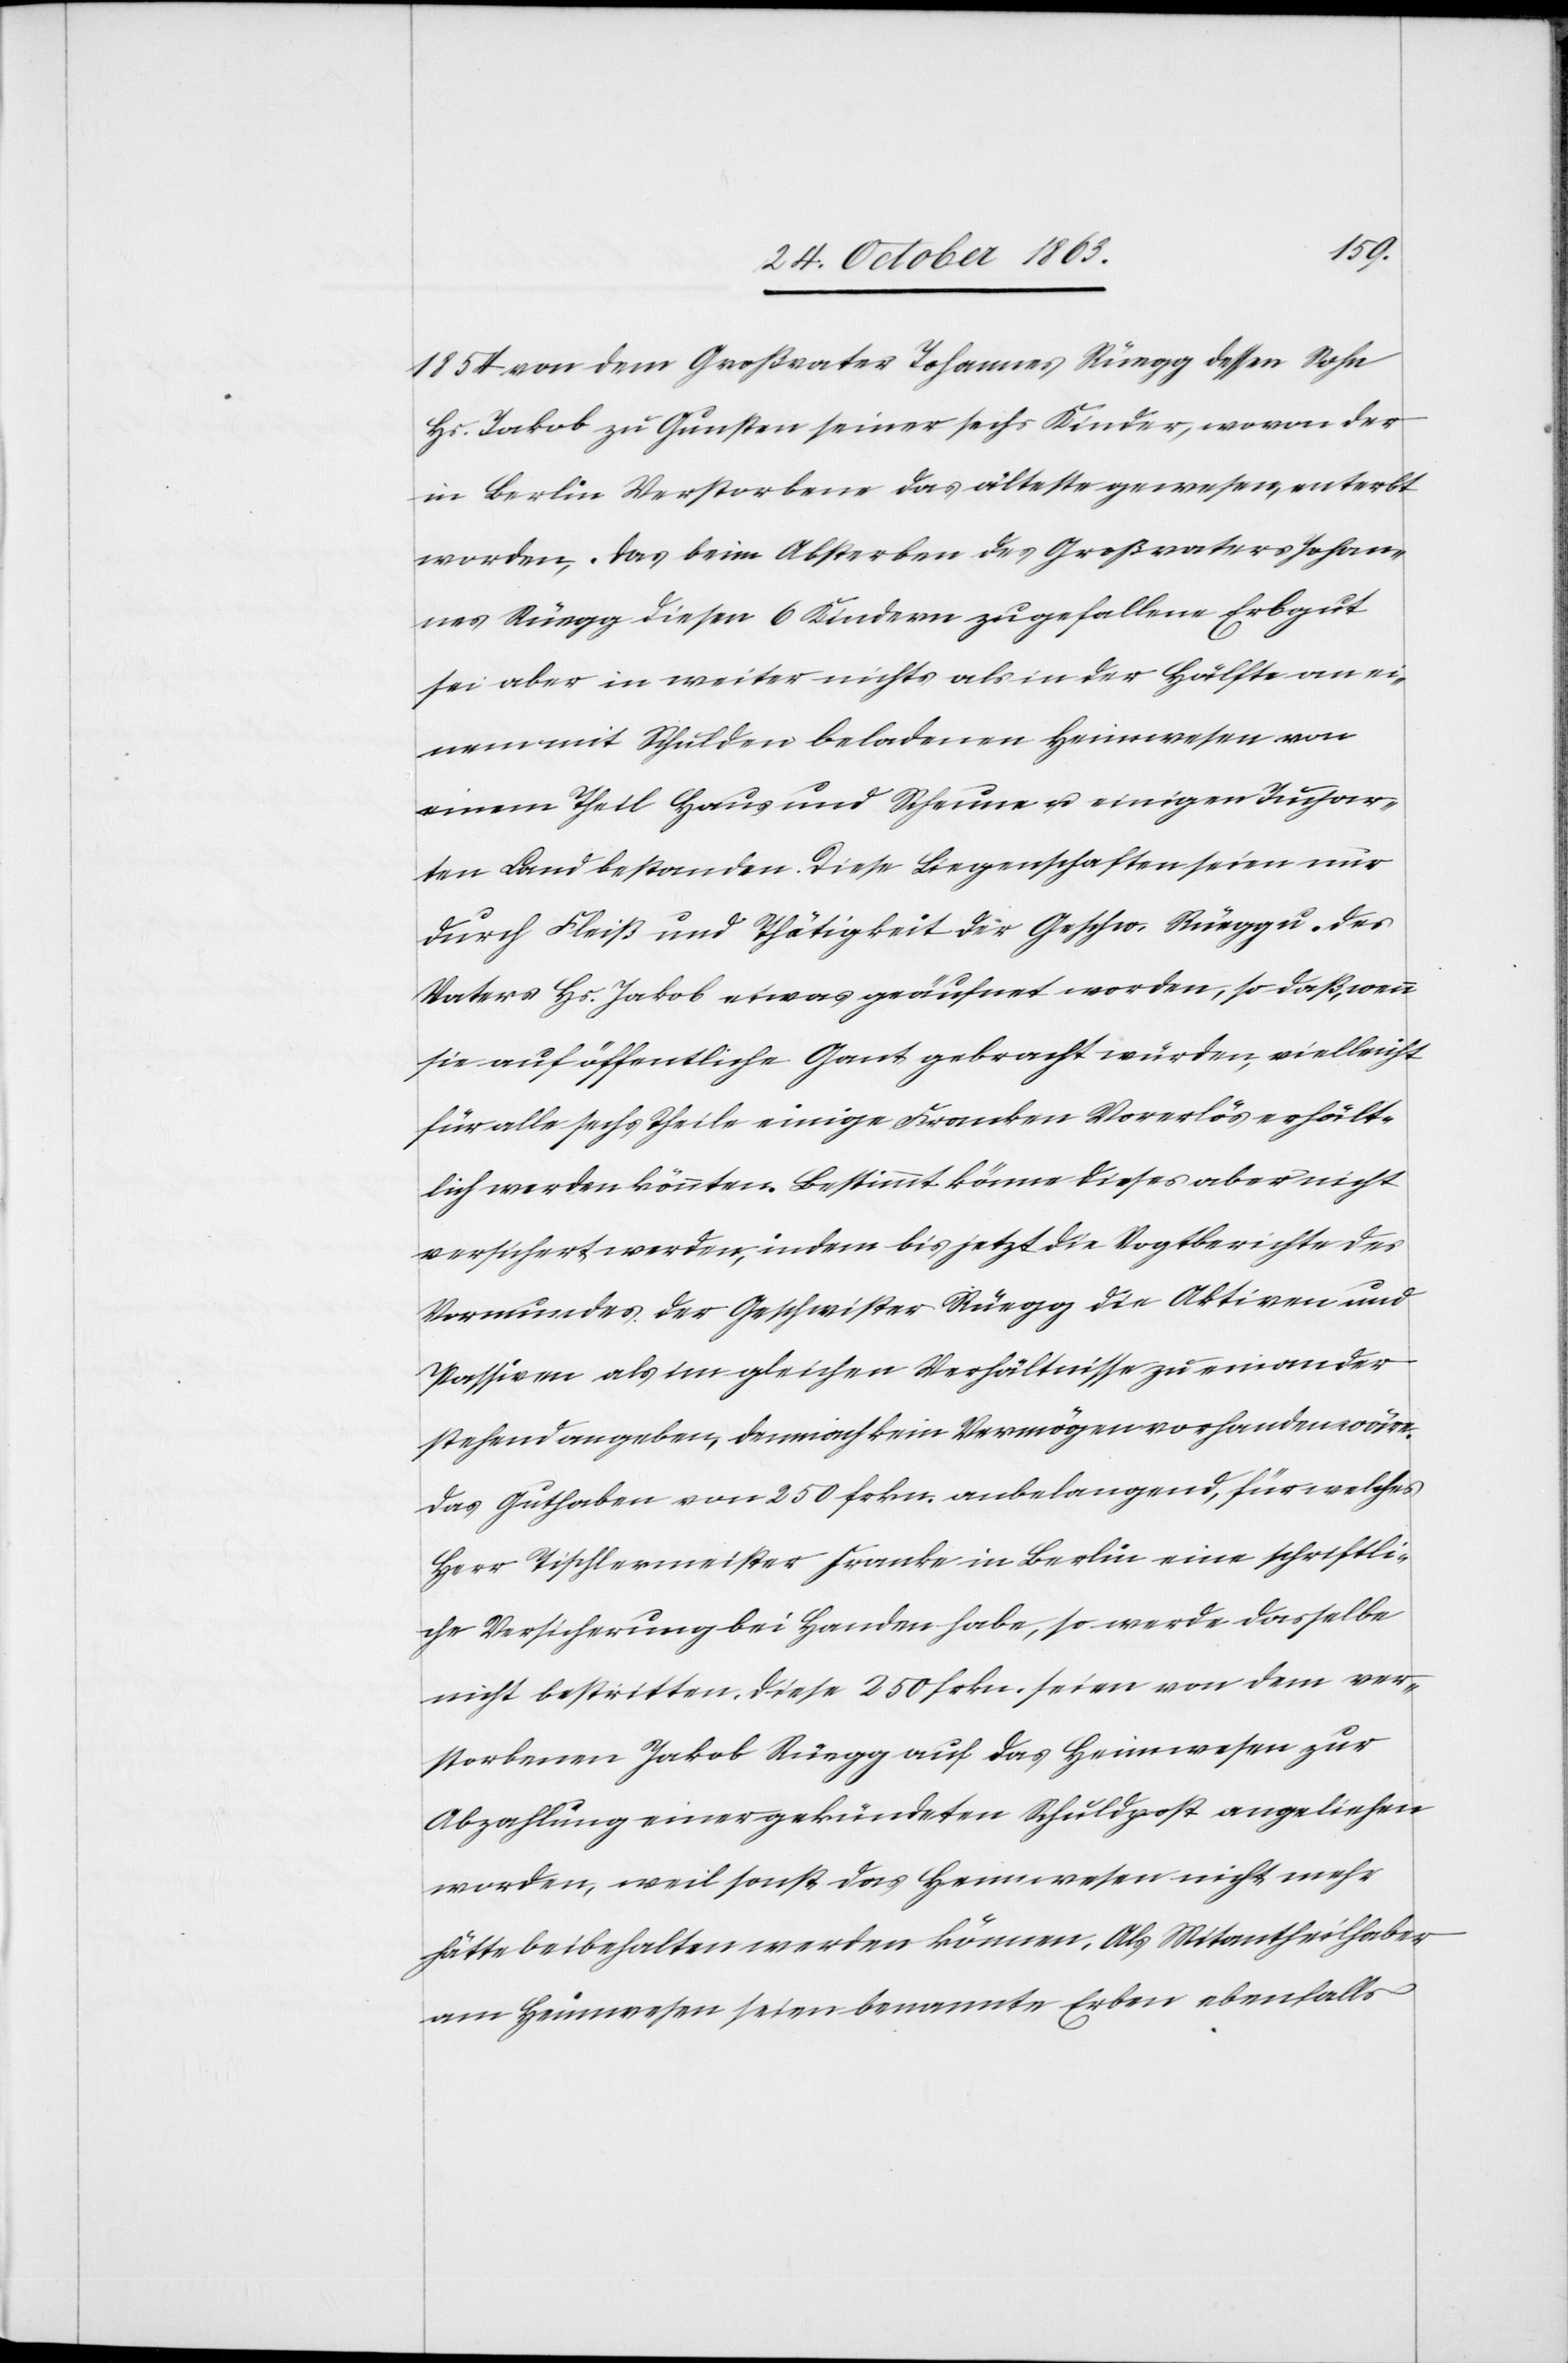
1854 von dem Großvater Johannes Rüegg dessen Sohn
Hs. Jakob zu Gunsten seiner sechs Kinder, wovon der
in Berlin Verstorbene das älteste gewesen, enterbt
worden. Das beim Absterben des Großvaters Johan¬
nes Rüegg diesen 6 Kindern zugefallene Erbgut
sei aber in weiter nichts als in der Hälfte an ei¬
nem mit Schulden beladenen Heimwesen von
einem Theil Haus und Scheune u. einigen Juchar¬
ten Land bestanden. Diese Liegenschaften seien nur
durch Fleiß und Thätigkeit der Geschw. Rüegg u. des
Vaters Hs. Jakob etwas geäufnet worden, so daß, wenn
sie auf öffentliche Gant gebracht würden, vielleicht
für alle sechs Theile einige Franken Vorerlös erhält¬
lich werden könnten. Bestimmt könne dieses aber nicht
versichert werden, indem bis jetzt die Vogtberichte des
Vormundes der Geschwister Rüegg die Aktiven und
Passiven als im gleichen Verhältnisse zu einander
stehend angeben, demnach kein Vermögen vorhanden wäre.
Das Guthaben von 250 frkn. anbelangend, für welches
Herr Tischlermeister Franke in Berlin eine schriftli¬
che Versicherung bei Handen habe, so werde dasselbe
nicht bestritten. Diese 250 frkn. seien von dem ver¬
storbenen Jakob Rüegg auf das Heimwesen zur
Abzahlung einer gekündeten Schuldpost angeliehen
worden, weil sonst das Heimwesen nicht mehr
hätte beibehalten werden können. Als Mitantheilhaber
am Heimwesen seien benannte Erben ebenfalls